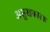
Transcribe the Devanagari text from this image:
असुखकारक